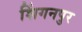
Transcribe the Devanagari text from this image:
शिंगनपुर